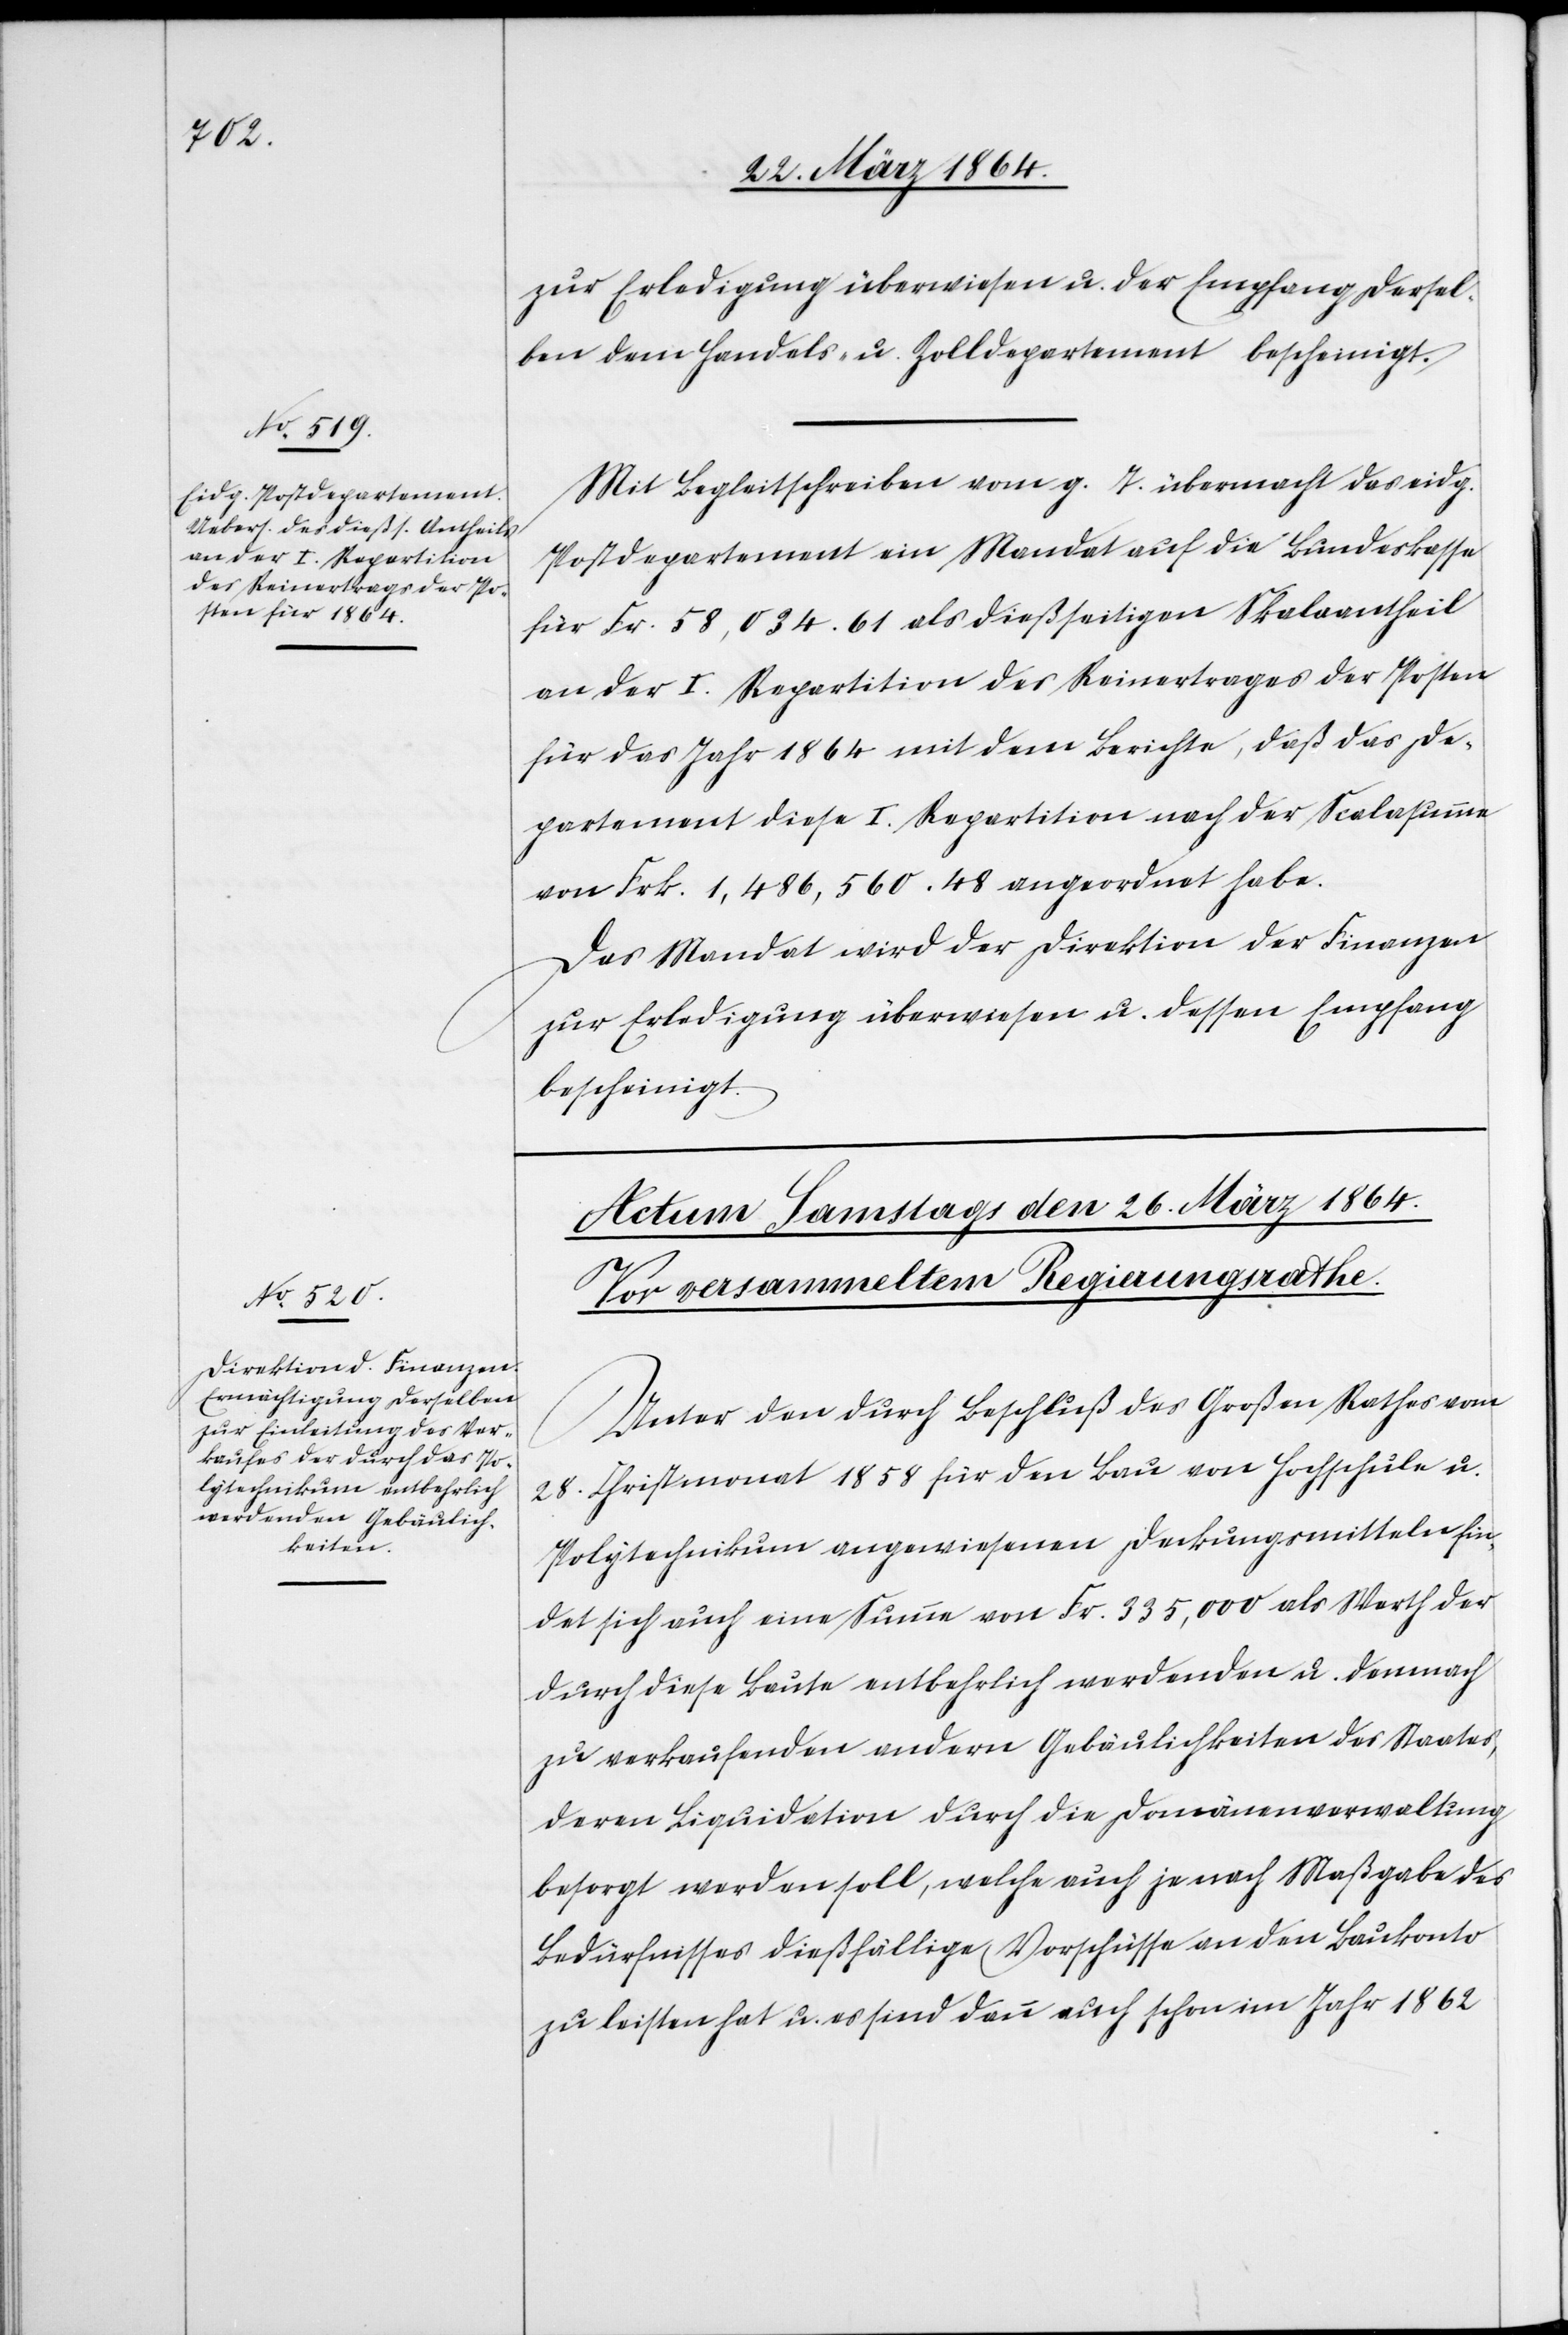
25. März 1864.]
zur Erledigung überwiesen u. der Empfang dersel¬
ben dem Handels- u. Zolldepartement bescheinigt.
Mit Begleitschreiben vom g. T. übermacht das eidg.
Postdepartement ein Mandat auf die Bundeskasse
für Fr. 58,034.61 als dießseitigen Skalaantheil
an der I. Repartition des Reinertrages der Posten
für das Jahr 1864 mit dem Berichte, daß das De¬
partement diese I. Repartition nach der Scalasumme
von Frk. 1,486,560.48 angeordnet habe.
Das Mandat wird der Direktion der Finanzen
zur Erledigung überwiesen u. dessen Empfang
bescheinigt.
Unter den durch Beschluß des Großen Rathes vom
28. Christmonat 1858 für den Bau von Hochschule u.
Polytechnikum angewiesenen Deckungsmitteln fin¬
det sich auch eine Summe von Fr. 335,000 als Werth der
durch diese Baute entbehrlich werdenden u. demnach
zu verkaufenden andern Gebäulichkeiten des Staates,
deren Liquidation durch die Domänenverwaltung
besorgt werden soll, welche auch je nach Maßgabe des
Bedürfnisses dießfällige Vorschüsse an den Baukonto
zu leisten hat u. es sind dann auch schon im Jahr 1862